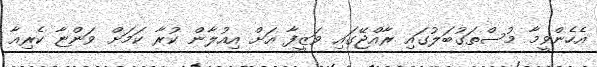
އެހެންވީމާ މުސްތަގުބަލުގައި ރާއްޖޭގައި ވަޒީފާ އަށް އިއުލާން ކުރާ ކަމަށް ވަންޏާ ކެރިއާ